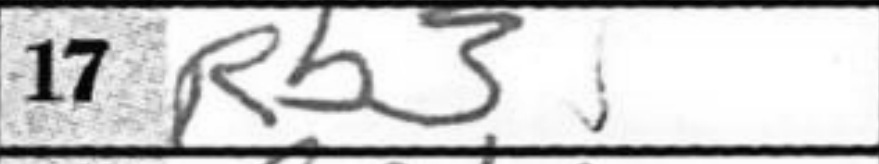
Transcription: Rb3